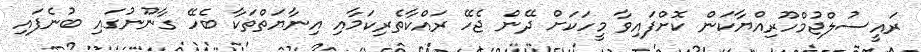
ރައީސުލްޖުމްހޫރިއްޔާކަން ކޮށްފައިވާ މީހަކަށް ދޭން ޖެހޭ ރައްކާތެރިކަމާއި އިނާޔަތްތަކާ ބެހޭ ގާނޫނުގައި ބުނެފައި